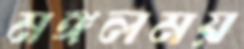
মঙ্গলময়